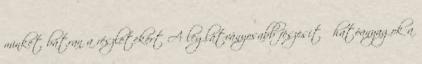
minket bátran a részletekért A leglátványosabb feszesítő hatóanyagok a